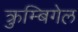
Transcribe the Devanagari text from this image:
क्रुम्बिगेल